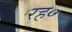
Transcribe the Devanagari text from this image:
रह०